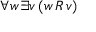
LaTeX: \forall w \, \exists v \, ( w \, R \, v )